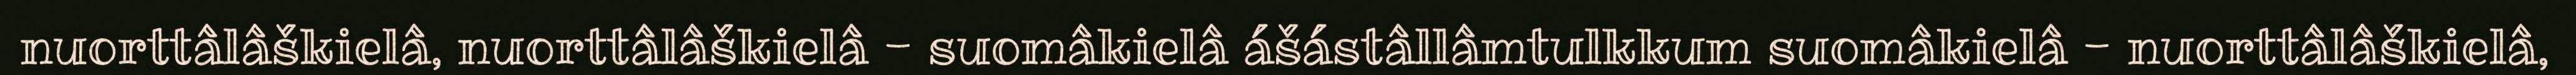
nuorttâlâškielâ, nuorttâlâškielâ - suomâkielâ ášástâllâmtulkkum suomâkielâ - nuorttâlâškielâ,